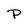
Character: P